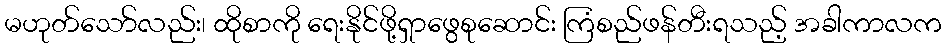
မဟုတ်သော်လည်း၊ ထိုစာကို ရေးနိုင်ဖို့ရှာဖွေစုဆောင်း ကြံစည်ဖန်တီးရသည့် အခါကာလက